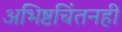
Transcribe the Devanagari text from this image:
अभिष्टचिंतनही